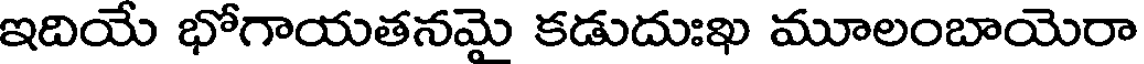
ఇదియే భోగాయతనమై కడుదుఃఖ మూలంబాయెరా